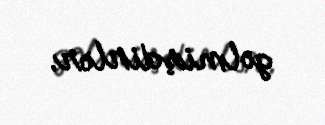
gəlmişdirlər.